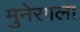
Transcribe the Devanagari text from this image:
मुनेरगला